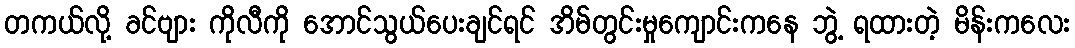
တကယ်လို့ ခင်ဗျား ကိုလီကို အောင်သွယ်ပေးချင်ရင် အိမ်တွင်းမှုကျောင်းကနေ ဘွဲ့ ရထားတဲ့ မိန်းကလေး